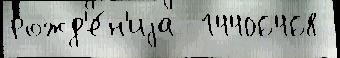
рожд'е́н'иjа  14406468